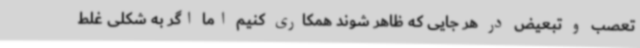
تعصب و تبعیض در هر جایی که ظاهر شوند همکاری کنیم اما اگر به شکلی غلط